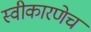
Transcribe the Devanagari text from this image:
स्वीकारणेच